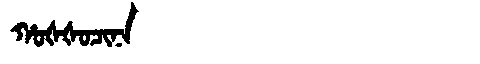
Manchu: ᡥᠣᡧᡧᠣᠴᡳᠨᠠ
Romanization: HOŠŠOCINA